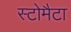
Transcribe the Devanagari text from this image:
स्टोमैटा